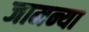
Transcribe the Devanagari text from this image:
जामन्या